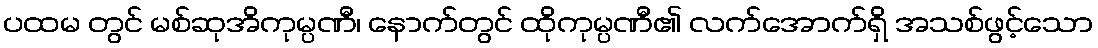
ပထမ တွင် မစ်ဆုအိကုမ္ပဏီ၊ နောက်တွင် ထိုကုမ္ပဏီ၏ လက်အောက်ရှိ အသစ်ဖွင့်သော